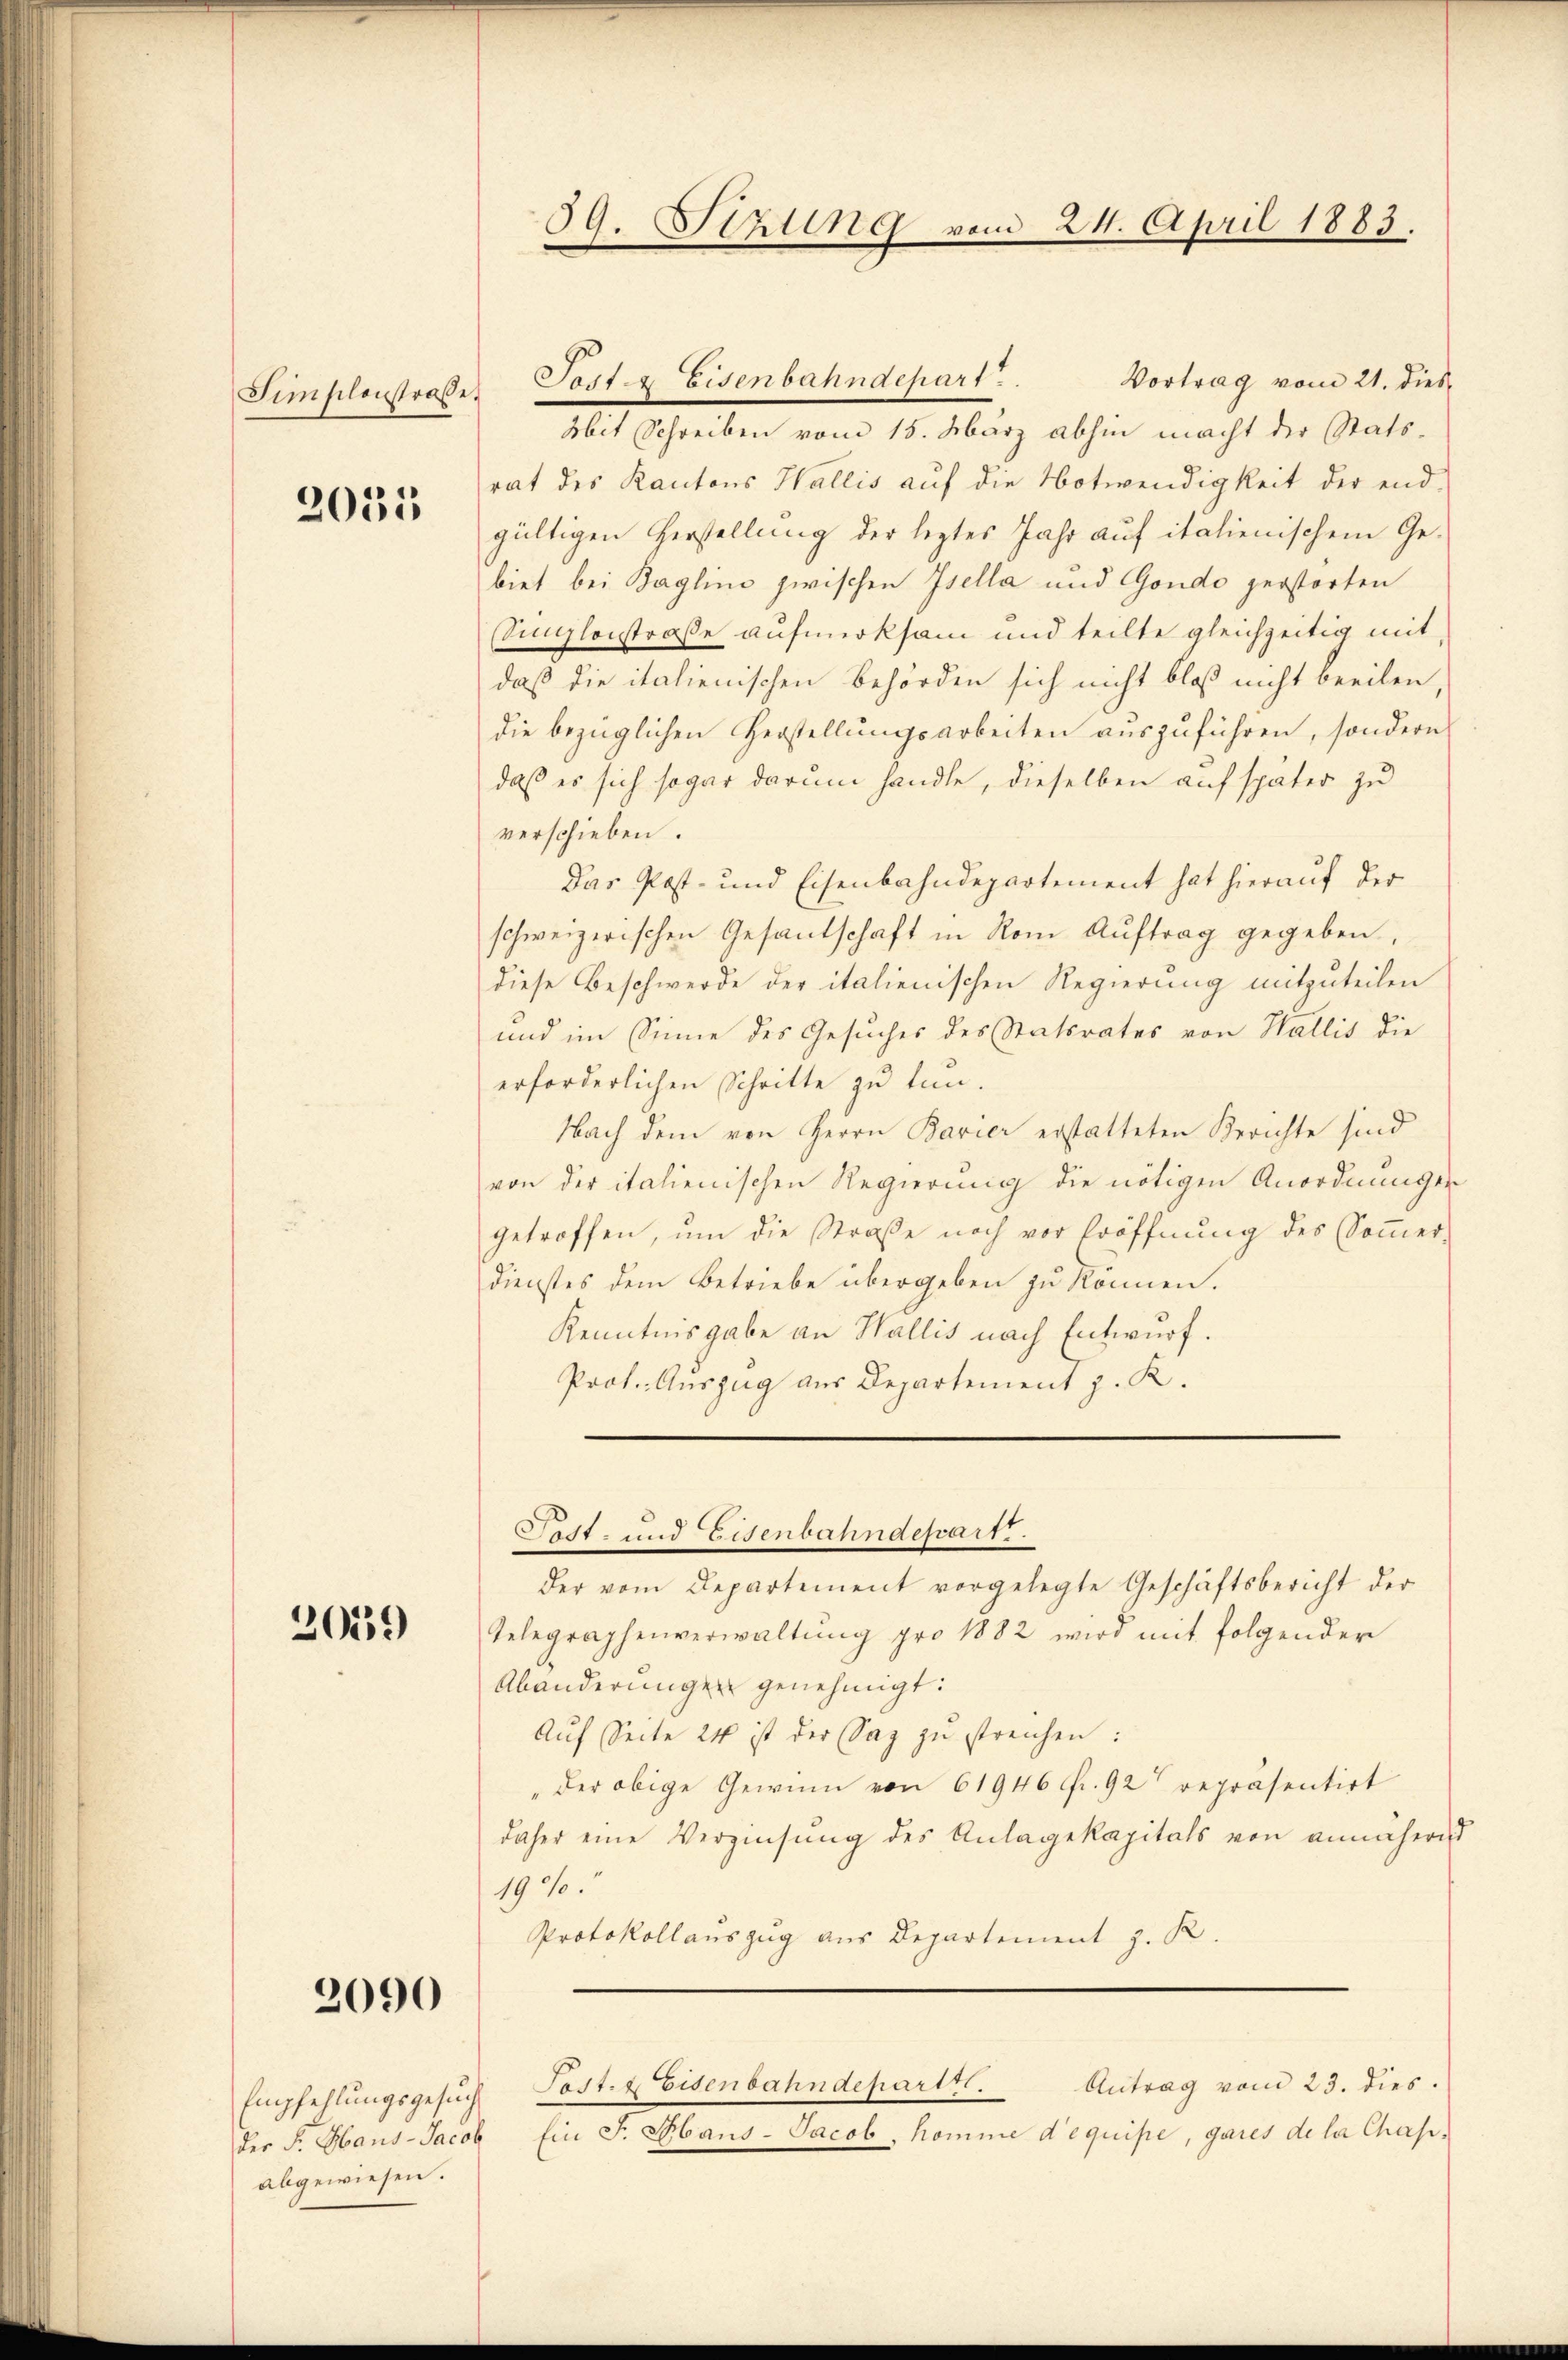
Fimpilonstraße.

2031

20139)

2090

Vortrag vom 21. dies
Mit Schreiben vom 15. März abhin macht der Statsrat des Kantons Wallis auf die Notwendigkeit der end-
gültigen Herstellung der leztes Jahr auf italienischem Gebiet bei Bagline zwischen Isella und Gondo zerstorten
sdingleistraße aufmerksam und teilte gleichzeitig mit
daß die italienischen Behörden sich nicht bloß nicht beeilen
die bezüglichen Herstellungsarbeiten auszuführen, sondern
daß es sich sogar darum handle, dieselben auf später zu
verschieben.
Das Post- und Eisenbahndepartement hat hierauf der
schweizerischen Gesandschaft in Rom Auftrag gegeben,
diese Beschwerde der italienischen Regierung mitzuteilen
und im Sinne des Gesuches des Statsrates von Wallis die
erforderlichen Schritte zu tun.
Nach dem von Herrn Barier erstatteten Berichte sind
von der italienischen Regierung die nötigen Anordnungen
getroffen, ŭm die Straße noch vor Eröffnung des Sommer-
dienstes dem Betriebe übergeben zu können.
Kenntnisgabe an Wallis nach Entwurf.
Prof. Auszug aus Departement z. K.

Empfehlungsgesuch
der F. Haus-Jacob
abgewiesen.

39. Sitzung vom 24. April 1883.

Torte Eisenbahndepart.

Fast- und Eisenbahndepart.
der vom Departement vorgelegte Geschäftsbericht der

Telegraphenverwaltŭng pro 1882 wird mit folgender
Abänderungen genehmigt:
Aŭf Seite 24 ist der Sag zŭ streichen:
"der obige Gewinn von 61946 Fr. 92 repräsentirt
daher eine Verzinsung des Anlagekapitals von annähere
19%.
Protokollauszug aus Departement z. R.

Fest- & Eisenbahndepartt. Antrag vom 23. dies.

Ein F. Hans-Jacob, komme d’équipe, gares de la Chasi¬